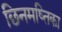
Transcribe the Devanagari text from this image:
छिनमष्तिका